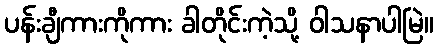
ပန်းချီကားကိုကား ခါတိုင်းကဲ့သို့ ဝါသနာပါမြဲ။